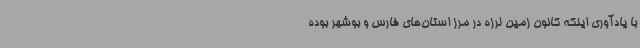
با یادآوری اینکه کانون زمین لرزه در مرز استان‌های فارس و بوشهر بوده